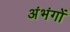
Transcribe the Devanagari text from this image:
अंभंगों